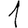
Digit: 1